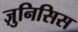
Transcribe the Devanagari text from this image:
ज़ुनिसिस